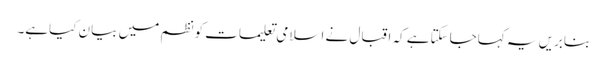
بنابریں یہ کہاجاسکتاہے کہ اقبال نے اسلامی تعلیمات کونظم میں بیان کیاہے۔